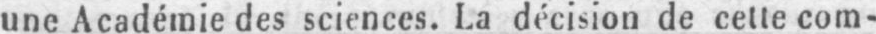
une Académie des sciences. La décision de cette com-